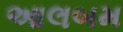
આલબમ